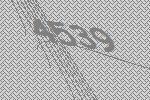
4539